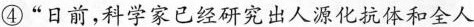
④“日前,科学家已经研究出人源化抗体和全人